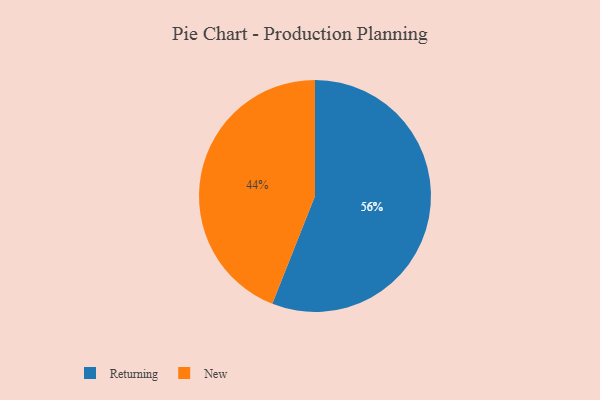
{"axis": {"x": "Category", "y": "Percentage"}, "legend": ["New", "Returning"], "data": [{"x": "New", "y": 44, "type": "New"}, {"x": "Returning", "y": 56, "type": "Returning"}]}